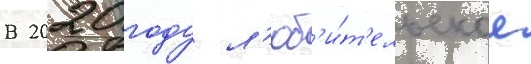
В 2020 году л'юб'и́т'ельское